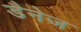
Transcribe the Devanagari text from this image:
डैनेज